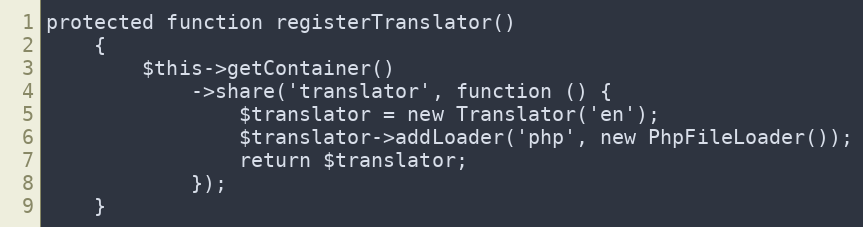
Language: PHP
protected function registerTranslator()
    {
        $this->getContainer()
            ->share('translator', function () {
                $translator = new Translator('en');
                $translator->addLoader('php', new PhpFileLoader());
                return $translator;
            });
    }